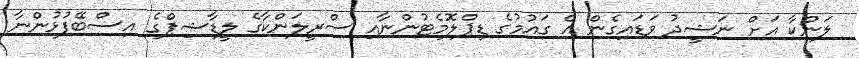
ލަންކާ އަށް ނަޝީދު ވަޑައިގެން އެ ގައުމުގެ ޑިޕްލޮމެޓުންނާއި ސްރީލަންކާގެ ލީޑާޝިޕްގެ އިސްބޭފުޅުންނާ